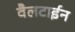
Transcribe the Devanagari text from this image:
वैलटाईन